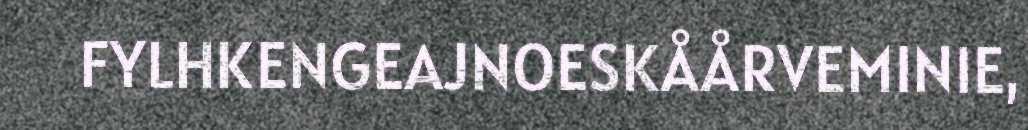
FYLHKENGEAJNOESKÅÅRVEMINIE,